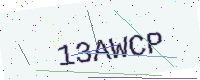
Text: 13AWCP